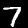
Digit: 7